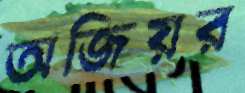
অজিয়র